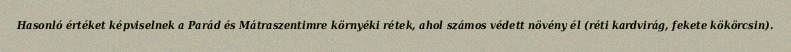
Hasonló értéket képviselnek a Parád és Mátraszentimre környéki rétek, ahol számos védett növény él (réti kardvirág, fekete kökörcsin).